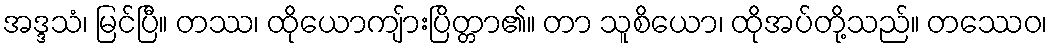
အဒ္ဒသံ၊ မြင်ပြီ။ တဿ၊ ထိုယောကျ်ားပြိတ္တာ၏။ တာ သူစိယော၊ ထိုအပ်တို့သည်။ တဿေဝ၊